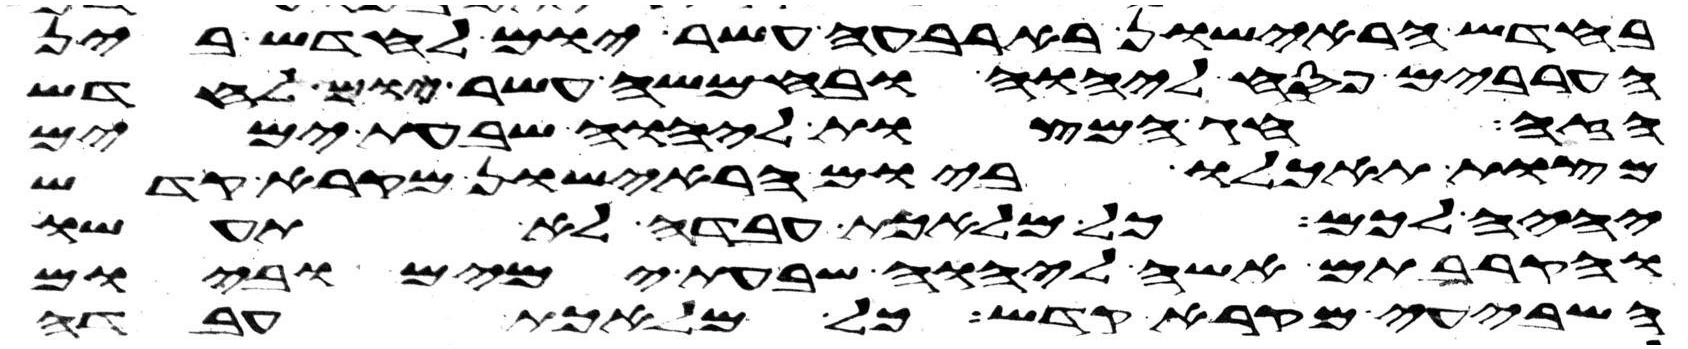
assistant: בחדש הראישון בארבעה עשר יום לחדש בין
הערבים פסח ליהוה ובחמשה עשר יום לחדש
הזה חג המצות ליהוה שבעת ימים
מצות תאכלו ביום הראישון מקרא קדש
יהיה לכם כל מלאכת עבדה לא תעשו
והקרבתם אשה ליהוה שבעת ימים וביום
השביעי מקרא קדש כל מלאכת עבדה